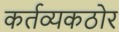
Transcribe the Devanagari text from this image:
कर्तव्यकठोर